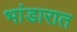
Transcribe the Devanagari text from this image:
भांडारात